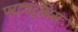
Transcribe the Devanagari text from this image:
परट्यूरसिस